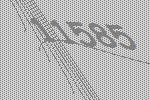
11585